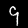
Digit: 9